system: You are a helpful assistant.
user:
Analyze the provided spectrum to determine if it is a **"Cataclysmic Variables (CV)"**.

- **Key Indicators for CV (Check for either state):**
    - **State 1: Quiescent / Low-State (Emission-Dominated)**
        - **(Primary):** Strong and *very broad* Hydrogen Balmer emission lines (e.g., $H\alpha$ at 6563 Å, $H\beta$ at 4861 Å). The 'broadness' (high velocity dispersion, often FWHM > 1000 km/s) is the key diagnostic, indicating a high-velocity accretion disk.
        - **(Secondary):** Broad neutral Helium (He I) emission lines (e.g., 5876 Å, 6678 Å).
        - **(Key Confirmation):** Presence of high-excitation *ionized* Helium (He II) emission at 4686 Å. This is a strong indicator of accretion onto a white dwarf.
        - **(Line Profile):** Emission lines may exhibit a 'double-peaked' profile, which is a classic signature of a rotating accretion disk viewed at high inclination.

    - **State 2: Outburst / High-State (Absorption-Dominated)**
        - **(Primary):** Spectrum is dominated by a bright, blue continuum (looks like a hot star).
        - **(Secondary):** The emission lines from State 1 are weak, absent, or 'filled in', and are replaced by broad, shallow *absorption* lines (primarily Balmer and He I).
        - **(Morphology):** The overall spectrum mimics a hot B/A-type star. The crucial difference is that the absorption lines are significantly broader, shallower, and more 'washed-out' (or 'smeared') than the sharp lines of a normal stellar photosphere, due to high rotational speeds and pressure broadening in the disk.

Think first, call **spectral_visualization_tool** if needed to examine features in detail, then provide your final answer. Your response must adhere to the following strict rules:
1.  **Overall Structure:** Your response must follow the format `<think>...</think> <tool_call>...</tool_call> (if a tool is used) <answer>...</answer>`.
2.  **Tool Usage Constraint:** You may only make **one** tool call per turn.
3.  **Final Answer Format:** In the `<answer>` tag, your conclusion must be inside a `\boxed{}` command (e.g., `\boxed{YES}`), followed by your justification.

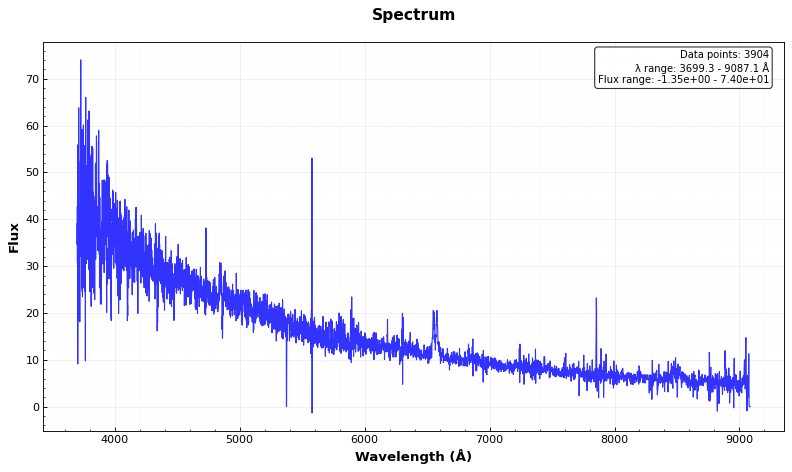
Answer: YES